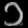
Digit: ၁